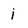
Character: j